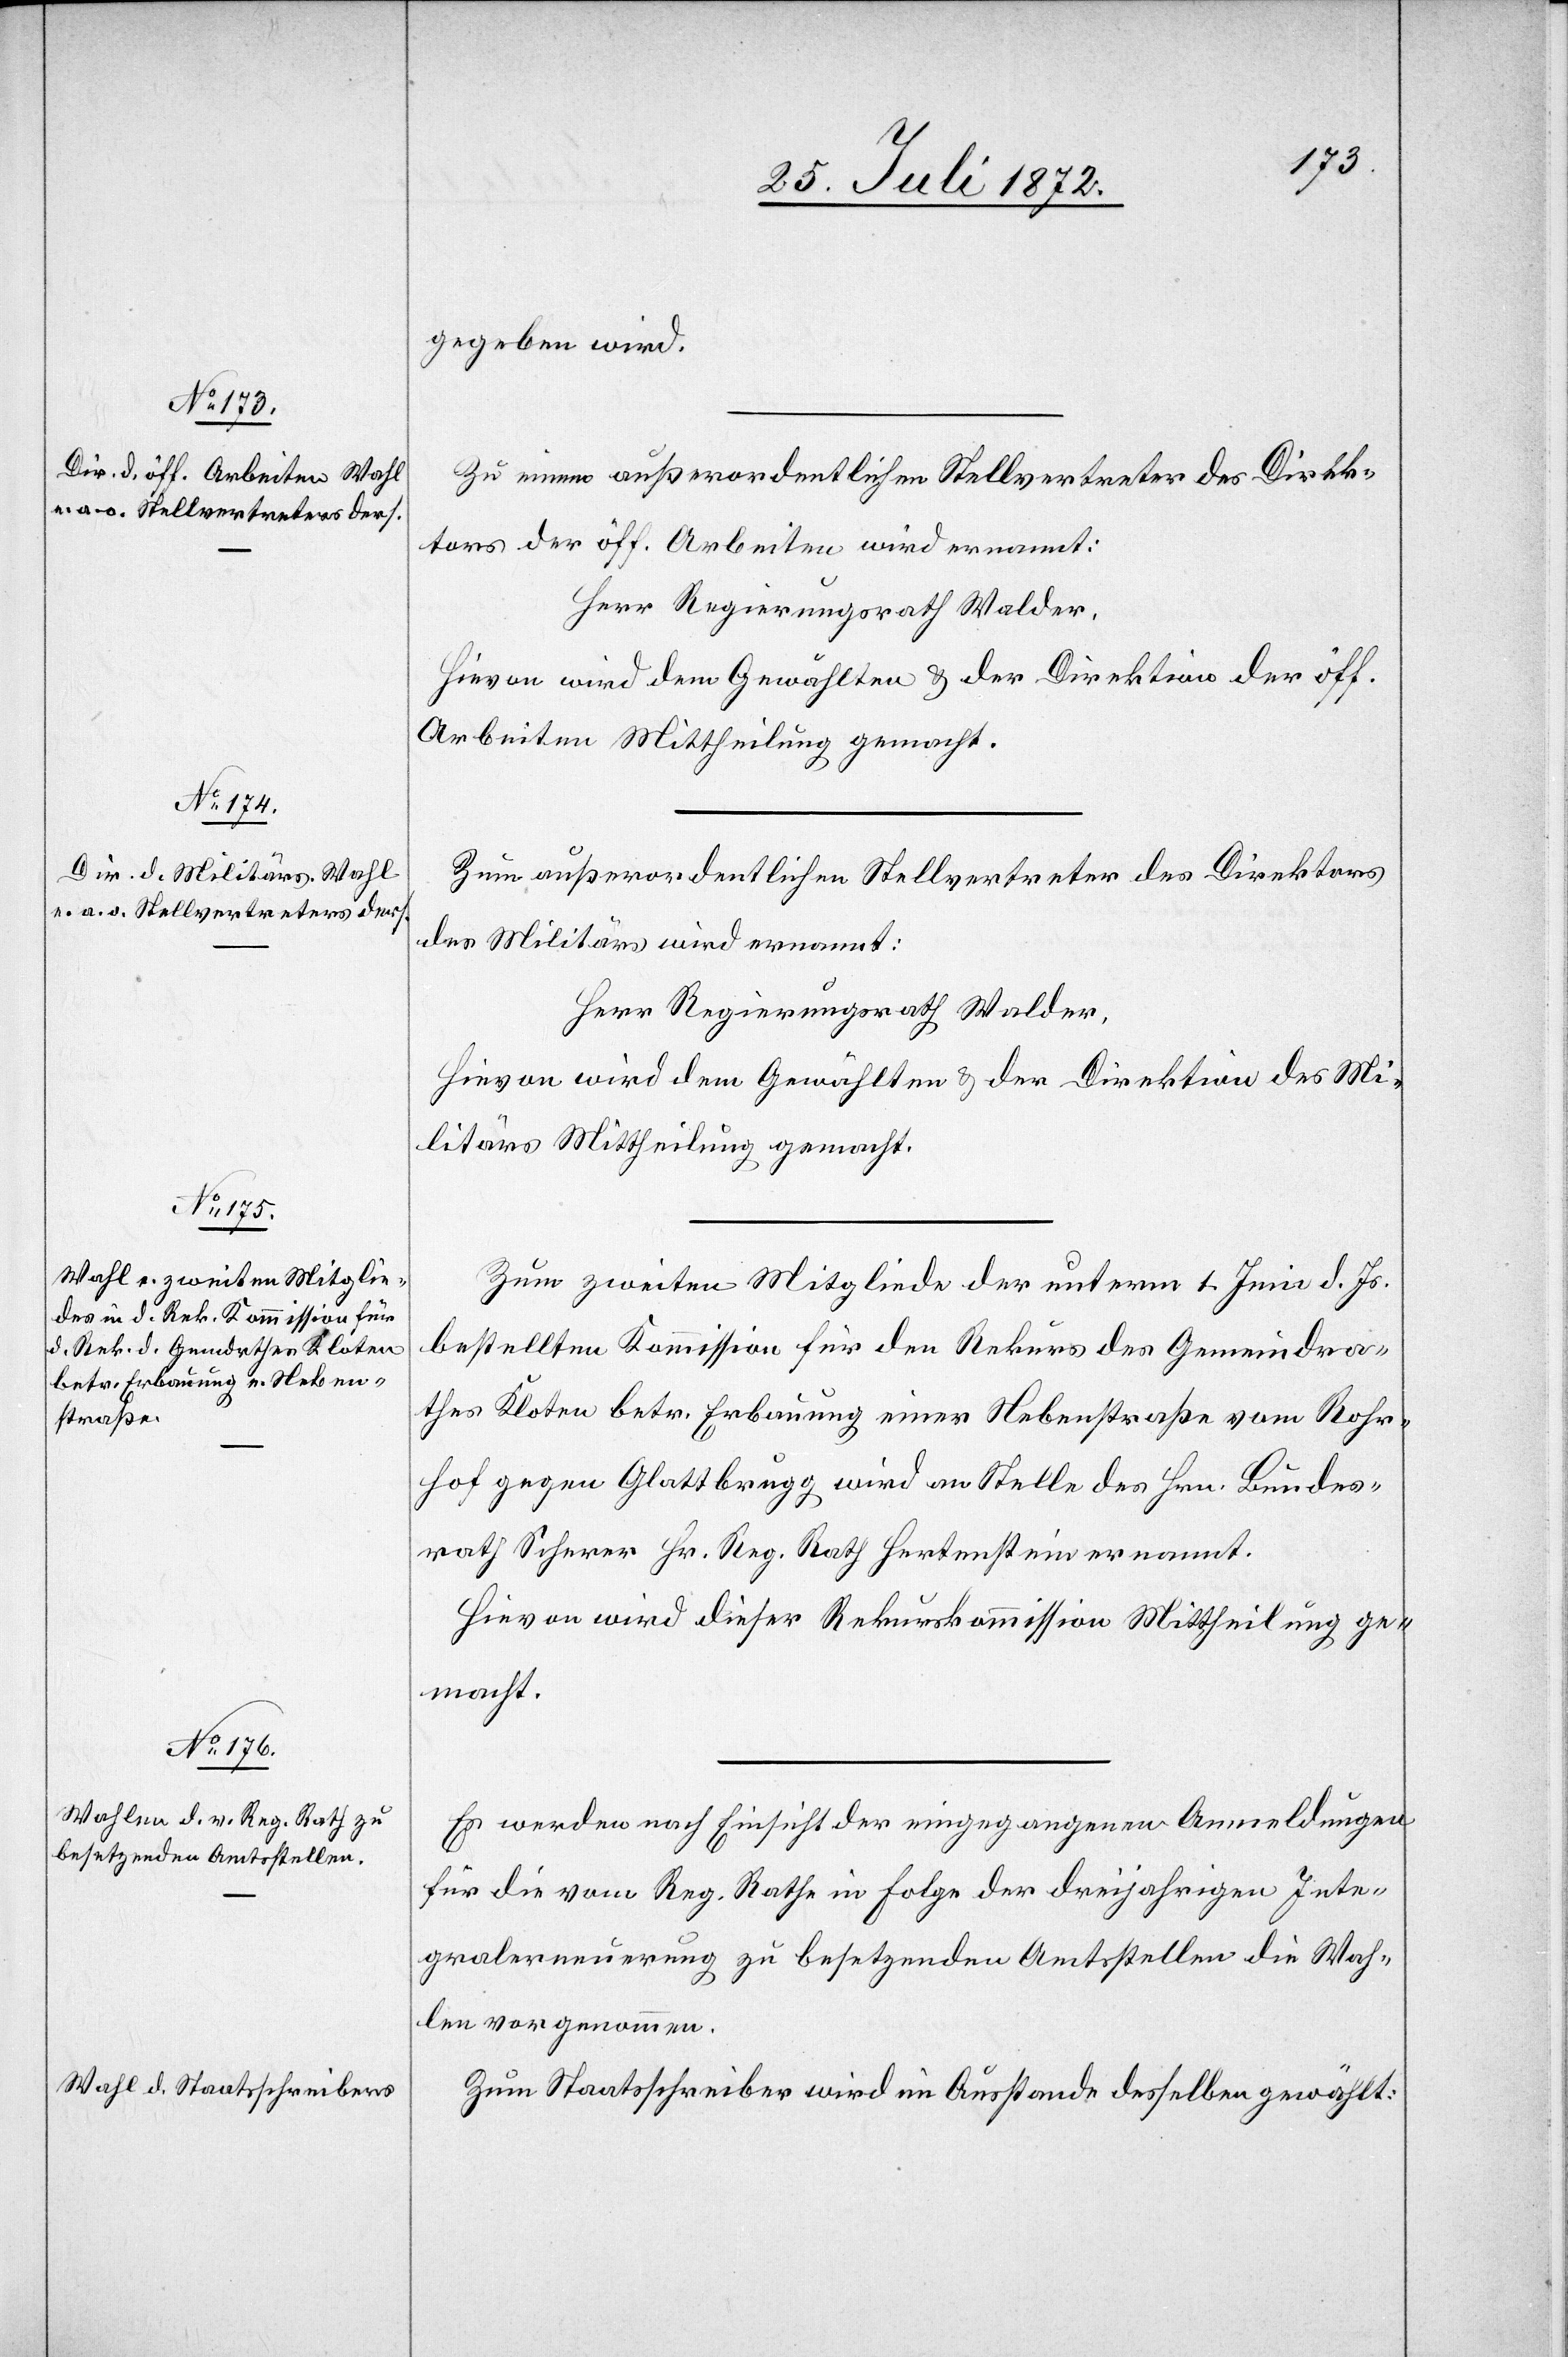
gegeben wird.
Zu einem außerordentlichen Stellvertreter des Direk¬
tors der öff. Arbeiten wird ernannt:
Herr Regierungsrath Walder.
Hievon wird dem Gewählten u. der Direktion der öff.
Arbeiten Mittheilung gemacht.
Zum außerordentlichen Stellvertreter des Direktors
des Militärs wird ernannt:
Herr Regierungsrath Walder.
Hievon wird dem Gewählten u. der Direktion des Mi¬
litärs Mittheilung gemacht.
Zum zweiten Mitgliede der unterm 1. Juni d. Js.
bestellten Kommission für den Rekurs des Gemeindra¬
thes Kloten betr. Erbauung einer Nebenstraße vom Rohr¬
hof gegen Glattbrugg wird an Stelle des Hrn. Bundes¬
rath Scherer Hr. Reg. Rath Hertenstein ernannt.
Hievon wird dieser Rekurskommission Mittheilung ge¬
macht.
Es werden nach Einsicht der eingegangenen Anmeldungen
für die vom Reg. Rathe in Folge der dreijährigen Inte¬
gralerneuerung zu besetzenden Amtsstellen die Wah¬
len vorgenommen.
Zum Staatsschreiber wird im Ausstande desselben gewählt: